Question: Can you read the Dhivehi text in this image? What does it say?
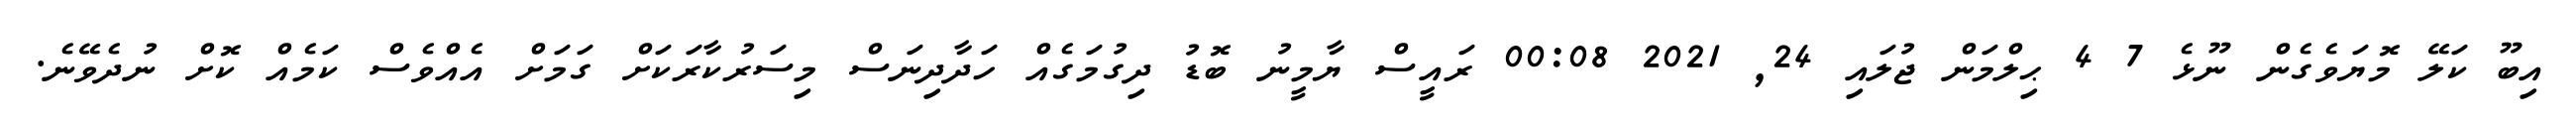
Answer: އިބޫ ކަލޭ މޮޔަވެގެން ނޫޅެ 7 4 ޙިލްމަން ޖުލައި 24, 2021 00:08 ރައީސް ޔާމީނު ބޮޑު ދިގުމަގެއް ހަދާދިނަސް މިސަރުކާރަކަށް ގަމަށް އެއްވެސް ކަމެއް ކޮށް ނުދެވޭނެ.